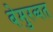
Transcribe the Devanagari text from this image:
बेमुरव्वत